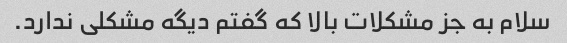
سلام به جز مشکلات بالا که گفتم دیگه مشکلی ندارد.